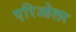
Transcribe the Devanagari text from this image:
एरिओलर